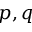
p , q